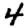
Digit: 4